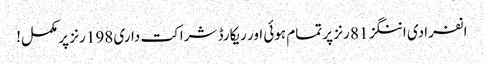
انفرادی اننگز 81 رنز پر تمام ہوئی اور ریکارڈ شراکت داری 198 رنز پر مکمل!